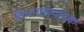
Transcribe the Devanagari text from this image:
विभागसंपादक